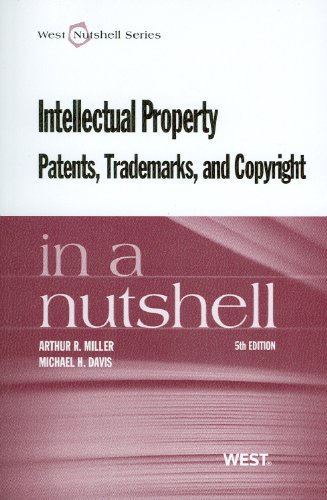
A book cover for Intellectual Property, Patents,Trademarks, and Copyright in a Nutshell; Arthur Miller; Law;